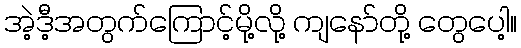
အဲ့ဒီ့အတွက်ကြောင့်မို့လို့ ကျနော်တို့ တွေပေါ့။